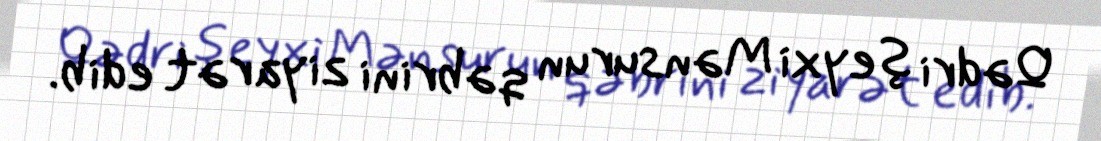
Qədri şeyxi Mənsurun qəbrini ziyarət edib.